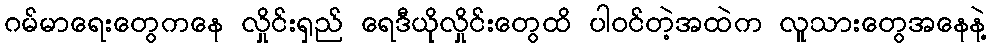
ဂမ်မာရေးတွေကနေ လှိုင်းရှည် ရေဒီယိုလှိုင်းတွေထိ ပါဝင်တဲ့အထဲက လူသားတွေအနေနဲ့